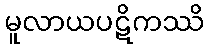
မူလာယပဋိကဿိ